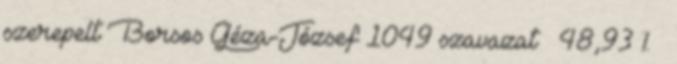
szerepelt Borsos Géza-József 1049 szavazat 48,93 % –